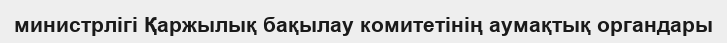
министрлігі Қаржылық бақылау комитетінің аумақтық органдары